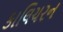
કાલિચરન